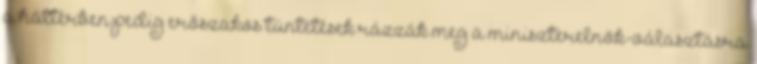
a háttérben pedig erőszakos tüntetések rázzák meg a miniszterelnök-választásra